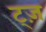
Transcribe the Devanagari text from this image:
ट्ज़